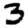
Digit: 3